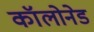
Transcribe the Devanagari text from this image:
कॉलोनेड